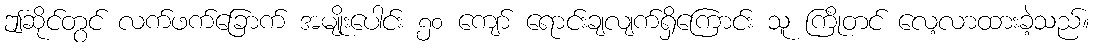
ဤဆိုင်တွင် လက်ဖက်ခြောက် အမျိုးပေါင်း ၅၀ ကျော် ရောင်းချလျက်ရှိကြောင်း သူ ကြိုတင် လေ့လာထားခဲ့သည်။